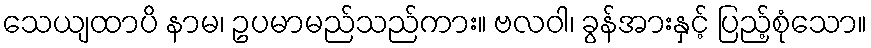
သေယျထာပိ နာမ၊ ဥပမာမည်သည်ကား။ ဗလဝါ၊ ခွန်အားနှင့် ပြည့်စုံသော။